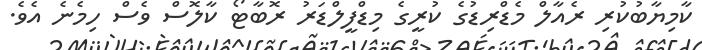
ކާމިޔާބުކުރި ރެއާލް މެޑްރިޑުގެ ކުރީގެ މިޑްފީލްޑަރު ރޮބާޓޯ ކާލޮސް ވެސް ހިމެނެ އެވެ.